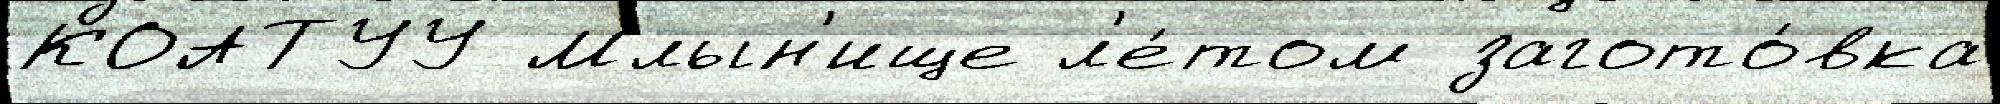
КОАТУУ Млын'ище л'е́том загото́вка